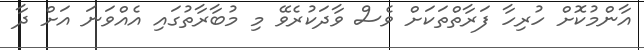
އާންމުކޮށް ހުރިހާ ފަރާތްތަކަށް ވެސް ވާދަކުރެވޭ މި މުބާރާތުގައި އެއްވަނަ އަށް ދާ